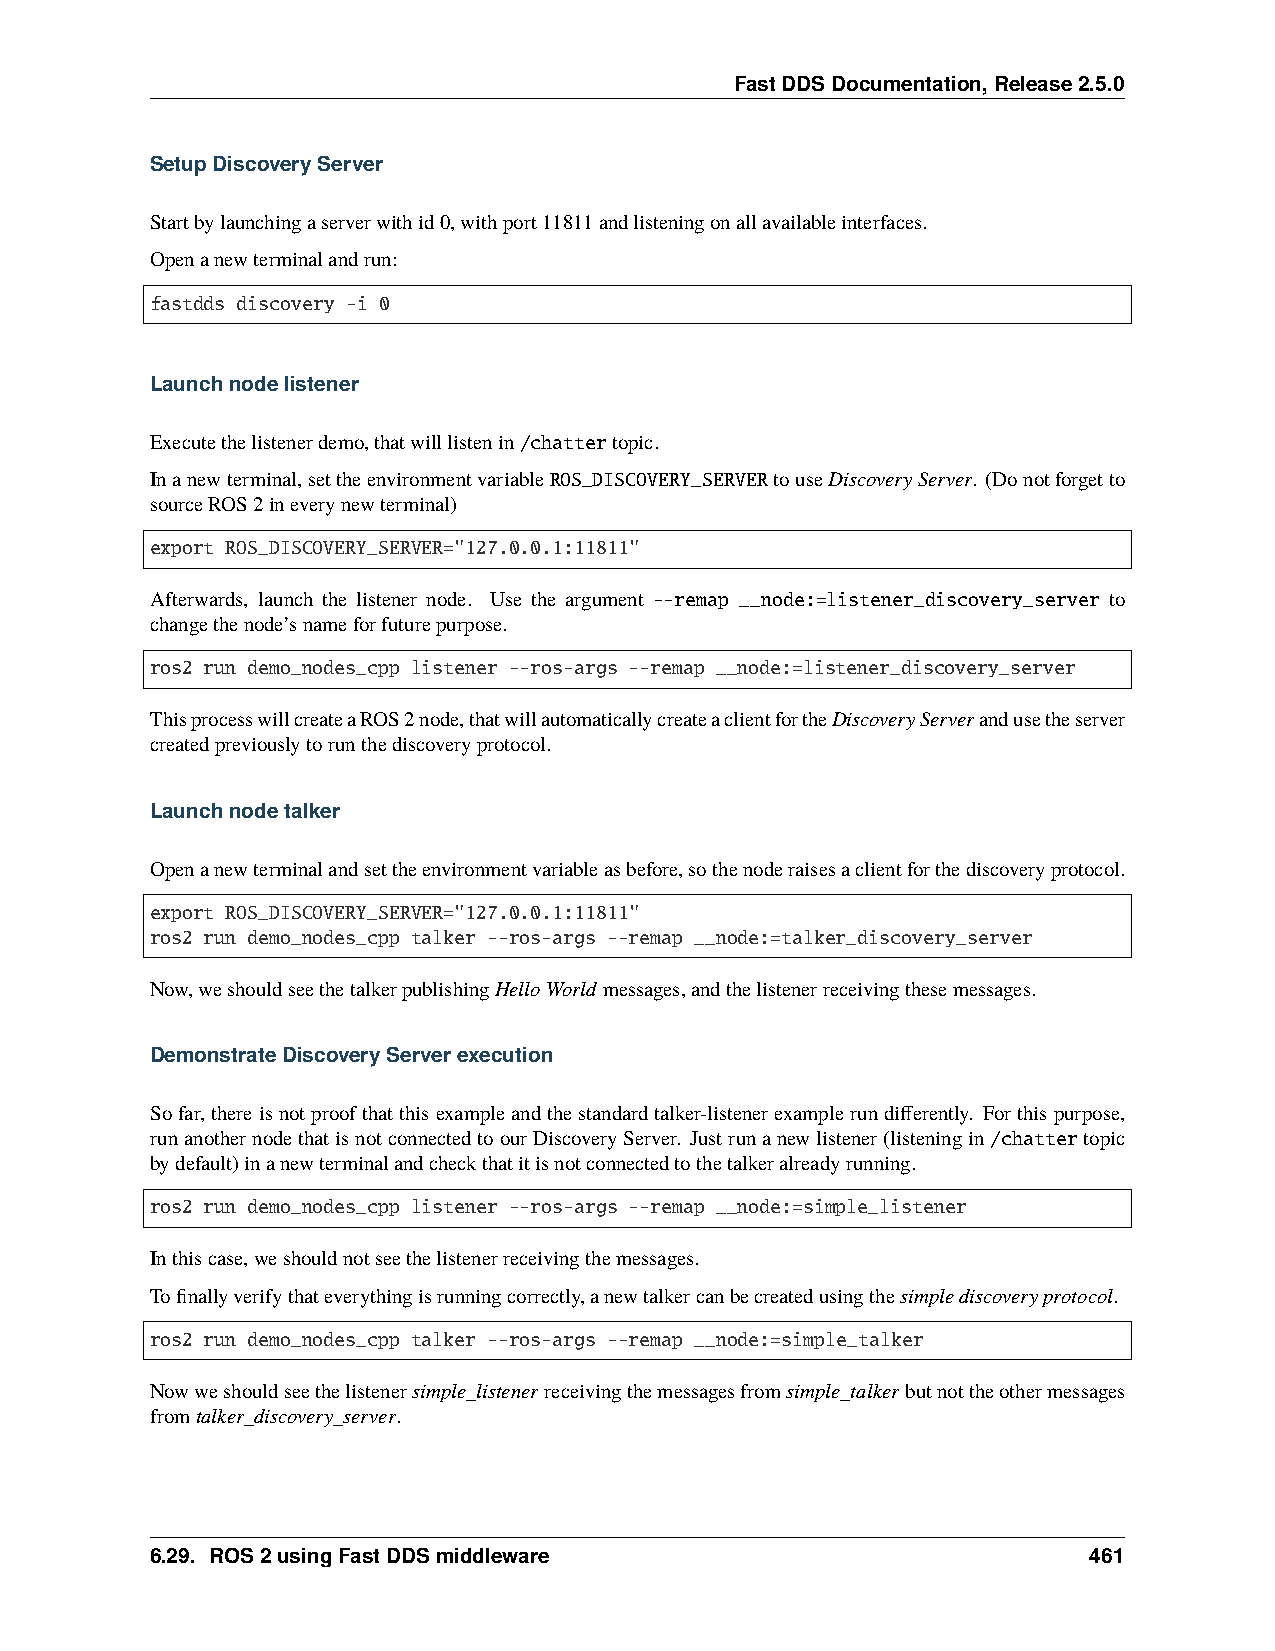
FastDDSDocumentation,Release2.5.0
 SetupDiscoveryServer
 Startbylaunchingaserverwithid0,withport11811andlisteningonallavailableinterfaces.
 Openanewterminalandrun:
 fastdds discovery -i 0
 Launchnodelistener
 Executethelistenerdemo,thatwilllistenin/chattertopic.
 Inanewterminal,settheenvironmentvariableROS_DISCOVERY_SERVERtouseDiscoveryServer. (Donotforgetto
 sourceROS2ineverynewterminal)
 export ROS_DISCOVERY_SERVER="127.0.0.1:11811"
 Afterwards, launch the listener node. Use the argument --remap __node:=listener_discovery_server to
 changethenode’snameforfuturepurpose.
 ros2 run demo_nodes_cpp listener --ros-args --remap __node:=listener_discovery_server
 ThisprocesswillcreateaROS2node,thatwillautomaticallycreateaclientfortheDiscoveryServerandusetheserver
 createdpreviouslytorunthediscoveryprotocol.
 Launchnodetalker
 Openanewterminalandsettheenvironmentvariableasbefore,sothenoderaisesaclientforthediscoveryprotocol.
 export ROS_DISCOVERY_SERVER="127.0.0.1:11811"
 ros2 run demo_nodes_cpp talker --ros-args --remap __node:=talker_discovery_server
 Now,weshouldseethetalkerpublishingHelloWorld messages,andthelistenerreceivingthesemessages.
 DemonstrateDiscoveryServerexecution
 Sofar, thereisnotproofthatthisexampleandthestandardtalker-listenerexamplerundifferently. Forthispurpose,
 runanothernodethatisnotconnectedtoourDiscoveryServer. Justrunanewlistener(listeningin/chattertopic
 bydefault)inanewterminalandcheckthatitisnotconnectedtothetalkeralreadyrunning.
 ros2 run demo_nodes_cpp listener --ros-args --remap __node:=simple_listener
 Inthiscase,weshouldnotseethelistenerreceivingthemessages.
 Tofinallyverifythateverythingisrunningcorrectly,anewtalkercanbecreatedusingthesimplediscoveryprotocol.
 ros2 run demo_nodes_cpp talker --ros-args --remap __node:=simple_talker
 Nowweshouldseethelistenersimple_listenerreceivingthemessagesfromsimple_talkerbutnottheothermessages
 fromtalker_discovery_server.
 6.29. ROS2usingFastDDSmiddleware                              461